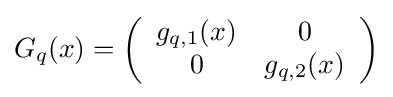
G_{q}(x)=\left({\begin{array}{*{20}{c}}g_{q,1}(x)&0\\0&g_{q,2}(x)\end{array}}\right)